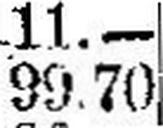
99.70